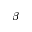
\ensuremath { \beta }